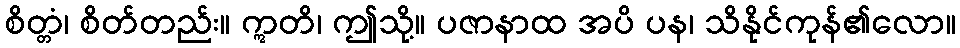
စိတ္တံ၊ စိတ်တည်း။ ဣတိ၊ ဤသို့။ ပဇာနာထ အပိ ပန၊ သိနိုင်ကုန်၏လော။